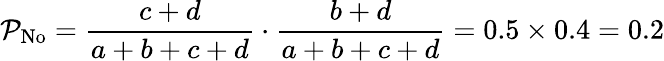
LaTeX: \mathcal{P}_{\mathrm{{No}}}={\frac{{c+d}}{{a+b+c+d}}}\cdot{\frac{{b+d}}{{a+b+c+d}}}=0.5\times0.4=0.2